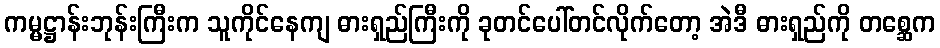
ကမ္မဋ္ဌာန်းဘုန်းကြီးက သူကိုင်နေကျ ဓားရှည်ကြီးကို ခုတင်ပေါ်တင်လိုက်တော့ အဲဒီ ဓားရှည်ကို တစ္ဆေက